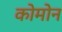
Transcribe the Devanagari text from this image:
कोमोन